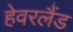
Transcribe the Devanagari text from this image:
हेवरलैंड